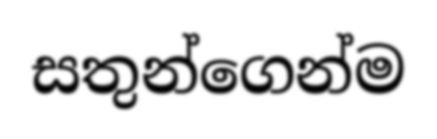
සතුන්ගෙන්ම